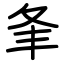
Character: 夆